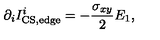
\partial _ { i } I _ { \mathrm { C S , e d g e } } ^ { i } = - { \frac { \sigma _ { x y } } { 2 } } E _ { 1 } ,